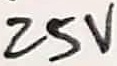
Text: 25V